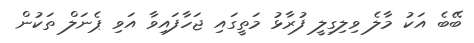
ބޭބެ އަކު މާލެ ވިލިގިލީ ފުރާޅު މަތީގައި ޖަހާފައިވާ އަވި ޕެނަލް ތަކުން